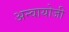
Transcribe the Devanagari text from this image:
अन्वायोजी